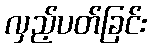
လှည့်ပတ်ခြင်း